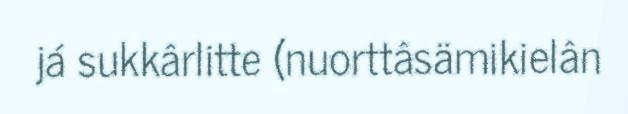
já sukkârlitte (nuorttâsämikielân